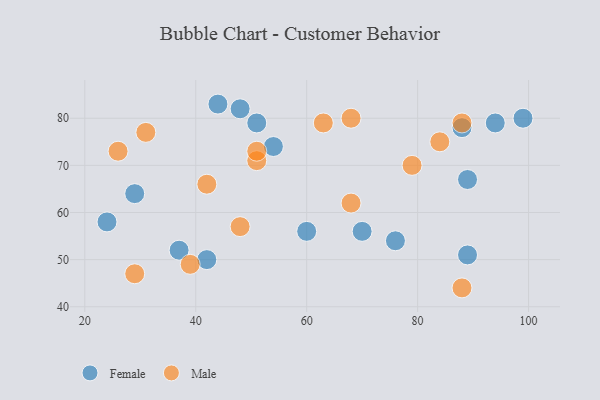
{"axis": {"x": "GDP", "y": "Life Expectancy"}, "legend": ["Female", "Male"], "data": [{"x": "29", "y": 64, "type": "Female"}, {"x": "42", "y": 50, "type": "Female"}, {"x": "37", "y": 52, "type": "Female"}, {"x": "24", "y": 58, "type": "Female"}, {"x": "94", "y": 79, "type": "Female"}, {"x": "60", "y": 56, "type": "Female"}, {"x": "89", "y": 67, "type": "Female"}, {"x": "51", "y": 79, "type": "Female"}, {"x": "76", "y": 54, "type": "Female"}, {"x": "48", "y": 82, "type": "Female"}, {"x": "70", "y": 56, "type": "Female"}, {"x": "44", "y": 83, "type": "Female"}, {"x": "88", "y": 78, "type": "Female"}, {"x": "89", "y": 51, "type": "Female"}, {"x": "99", "y": 80, "type": "Female"}, {"x": "54", "y": 74, "type": "Female"}, {"x": "88", "y": 79, "type": "Male"}, {"x": "51", "y": 71, "type": "Male"}, {"x": "88", "y": 44, "type": "Male"}, {"x": "84", "y": 75, "type": "Male"}, {"x": "26", "y": 73, "type": "Male"}, {"x": "39", "y": 49, "type": "Male"}, {"x": "42", "y": 66, "type": "Male"}, {"x": "29", "y": 47, "type": "Male"}, {"x": "51", "y": 73, "type": "Male"}, {"x": "48", "y": 57, "type": "Male"}, {"x": "68", "y": 80, "type": "Male"}, {"x": "31", "y": 77, "type": "Male"}, {"x": "68", "y": 62, "type": "Male"}, {"x": "63", "y": 79, "type": "Male"}, {"x": "79", "y": 70, "type": "Male"}]}